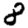
Digit: 8